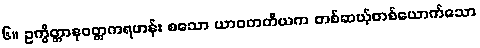
၆။ ဥက္ခိတ္တာနုဝတ္တကရဟန်း စသော ယာဝတတိယက တစ်ဆယ့်တစ်ယောက်သော